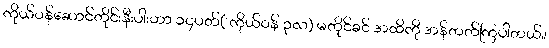
ကိုယ်ဝန်ဆောင်တိုင်းနီးပါးဟာ ၁၄ပတ်( ကိုယ်ဝန် ၃လ) မတိုင်ခင် အထိကို အန်တတ်ကြပါတယ်။